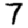
Digit: 7